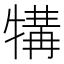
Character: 𪺱